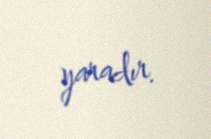
yaradır.